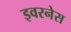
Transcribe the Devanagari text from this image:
इवरनेस